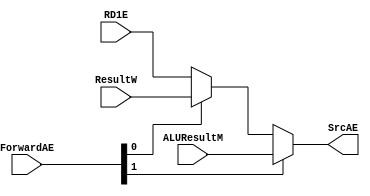
module mux5 #
(    
     parameter WIDTH = 8
)(
     input  [WIDTH-1:0] RD1E, 
     input  [WIDTH-1:0] ResultW, 
     input  [WIDTH-1:0] ALUResultM,
     input  [1:0]       ForwardAE,
     output [WIDTH-1:0] SrcAE
);
     assign SrcAE = ForwardAE[1] ? ALUResultM : (ForwardAE[0] ? ResultW : RD1E);
endmodule